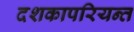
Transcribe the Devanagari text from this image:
दशकापरियन्त